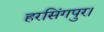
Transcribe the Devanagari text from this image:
हरसिंगपुर।